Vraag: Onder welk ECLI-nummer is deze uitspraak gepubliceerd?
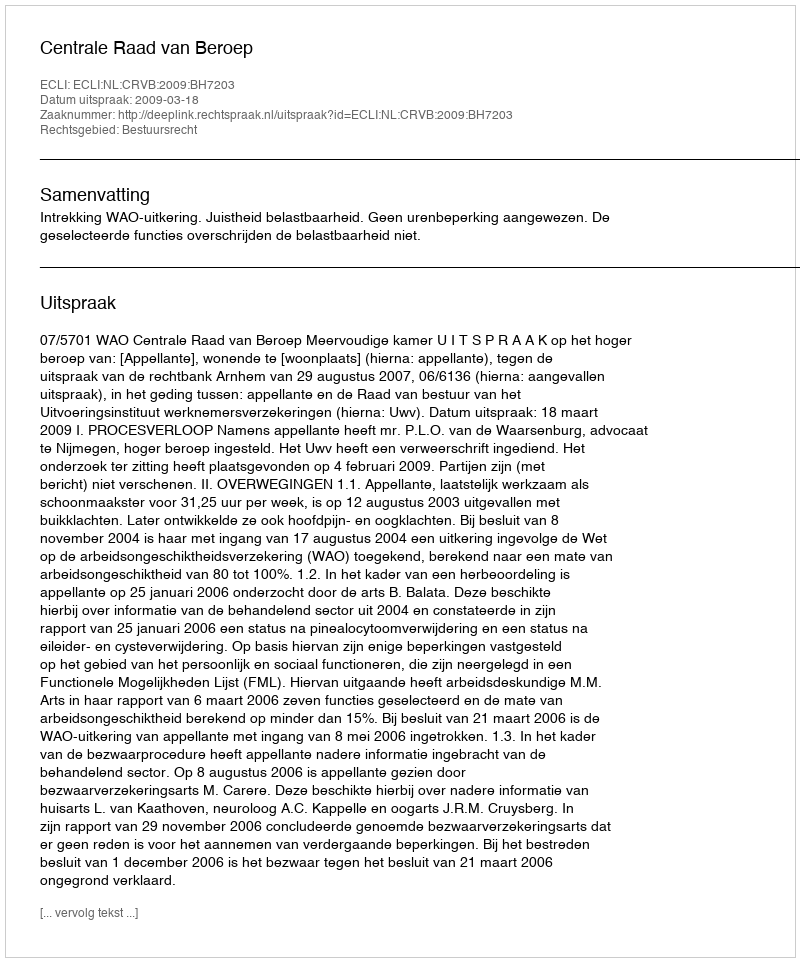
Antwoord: ECLI:NL:CRVB:2009:BH7203